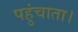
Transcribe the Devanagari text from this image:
पहुंचाता।